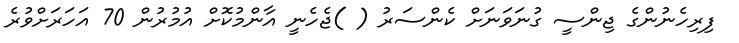
ފިރިހެނުންގެ ޖިންސީ ގުނަވަނަށް ކެންސަރު ( )ޖެހެނީ އާންމުކޮށް އުމުރުން 70 އަހަރަށްވުރެ